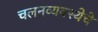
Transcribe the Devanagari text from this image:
चलनव्यवस्थेचे